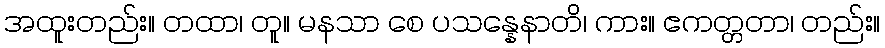
အထူးတည်း။ တထာ၊ တူ။ မနသာ စေ ပသန္နေနာတိ၊ ကား။ ဧကတ္တတာ၊ တည်း။